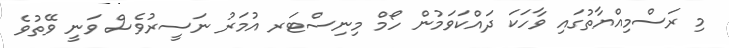
މި ރަސްމިއްޔާތުގައި ވާހަކަ ދައްކަވަމުން ހޯމް މިނިސްޓަރ އުމަރު ނަސީރުވެސް ވަނީ ވޭތުވެ